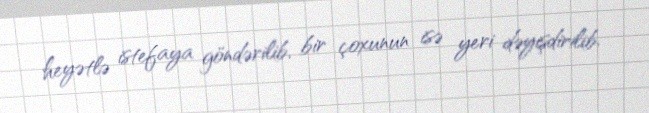
heyətlə istefaya göndərilib, bir çoxunun isə yeri dəyişdirilib.